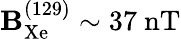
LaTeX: \mathbf{B}_{\mathrm{{Xe}}}^{(129)}\sim37~\mathrm{{nT}}